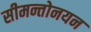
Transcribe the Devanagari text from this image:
सीमन्तोनयन